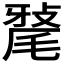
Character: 𭯠